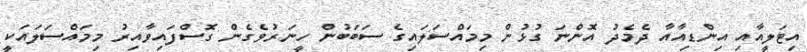
އިޓަލީއާއި އިންޑިއާއާ ދެމެދު އޮންނަ ގުޅުން މިމައްސަލައިގެ ސަބަބުން ހީނަރުވެގެން ގޮސްފައިވާއިރު މިމައްސަލައަކީ